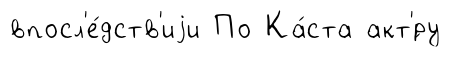
впосл'е́дств'иjи По Ка́ста акт'́ру